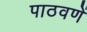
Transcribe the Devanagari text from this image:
पाठवणें